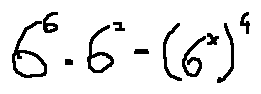
6 ^ { 6 } \cdot 6 ^ { 2 } = ( 6 ^ { x } ) ^ { 4 }